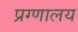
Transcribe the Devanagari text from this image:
प्रग्णालय